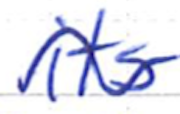
Text: its
Cross-out: wave
Writing tool: ballpoint